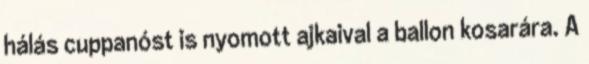
hálás cuppanóst is nyomott ajkaival a ballon kosarára. A